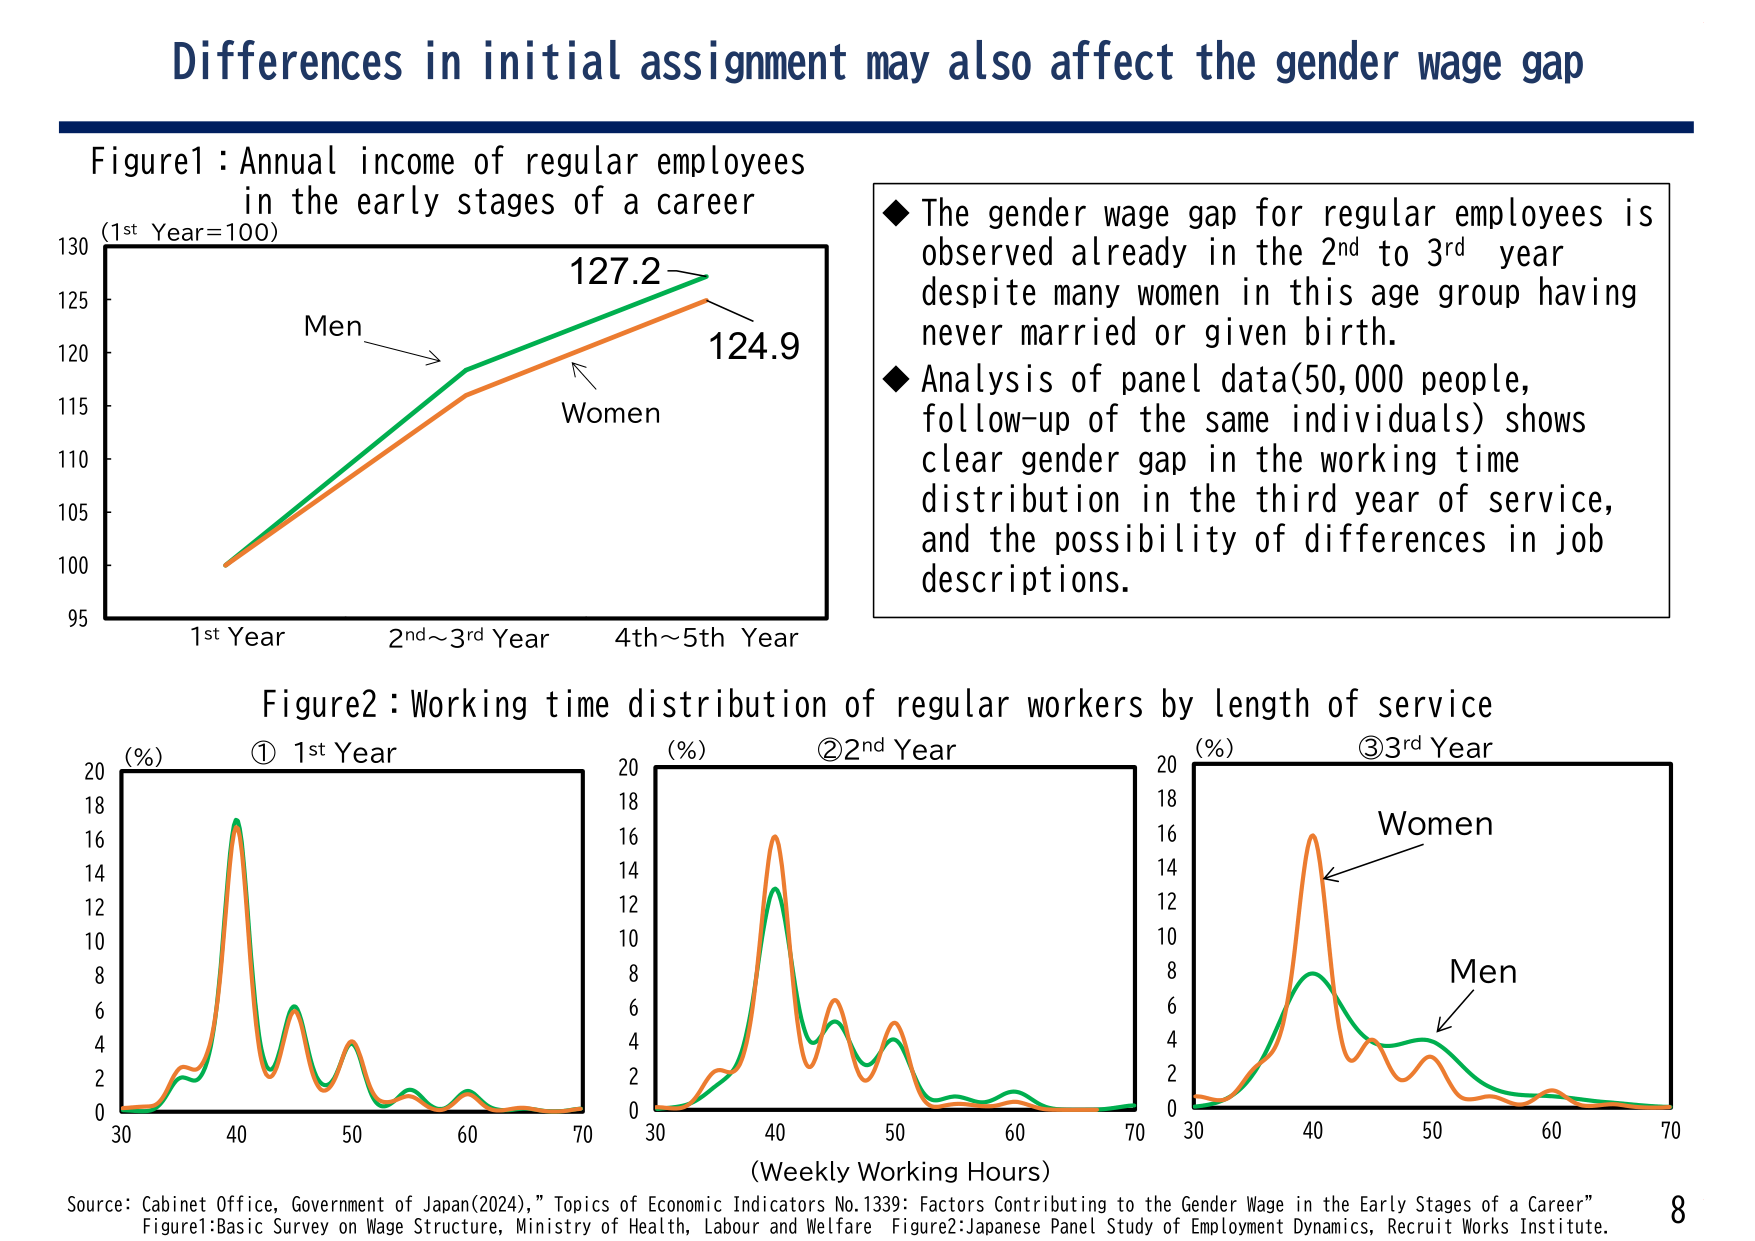
Differences in initial assignment may also affect the gender wage gap

Figure1: Annual income of regular employees in the early stages of a career
(1st Year=100)
Men
Women
127.2
124.9
1st Year
2nd~3rd Year
4th~5th Year
95
100
105
110
115
120
125
130

◆ The gender wage gap for regular employees is observed already in the 2nd to 3rd year despite many women in this age group having never married or given birth.
◆ Analysis of panel data(50,000 people, follow-up of the same individuals) shows clear gender gap in the working time distribution in the third year of service, and the possibility of differences in job descriptions.

Figure2: Working time distribution of regular workers by length of service
① 1st Year
② 2nd Year
③ 3rd Year
(%) 20
18
16
14
12
10
8
6
4
2
0
30 40 50 60 70
(%) 20
18
16
14
12
10
8
6
4
2
0
30 40 50 60 70
(%) 20
18
16
14
12
10
8
6
4
2
0
30 40 50 60 70
Women
Men
(Weekly Working Hours)

Source: Cabinet Office, Government of Japan(2024), "Topics of Economic Indicators No.1339: Factors Contributing to the Gender Wage in the Early Stages of a Career"
Figure1:Basic Survey on Wage Structure, Ministry of Health, Labour and Welfare Figure2:Japanese Panel Study of Employment Dynamics, Recruit Works Institute.
8